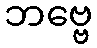
ဘဗ္ဗေ